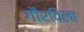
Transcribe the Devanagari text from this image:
गौरविला